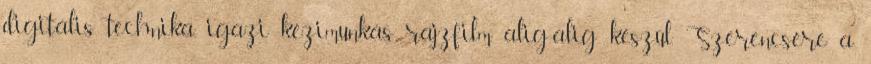
digitális technika, igazi kézimunkás rajzfilm alig-alig készül. Szerencsére a